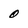
Character: O